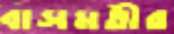
বাসমতীর